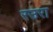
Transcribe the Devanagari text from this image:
रउरा